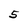
Character: 5